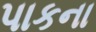
પાકના